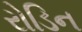
રોડિન